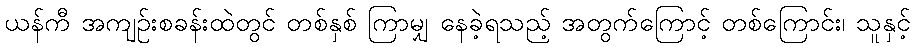
ယန်ကီ အကျဉ်းစခန်းထဲတွင် တစ်နှစ် ကြာမျှ နေခဲ့ရသည့် အတွက်ကြောင့် တစ်ကြောင်း၊ သူနှင့်